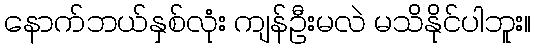
နောက်ဘယ်နှစ်လုံး ကျန်ဦးမလဲ မသိနိုင်ပါဘူး။